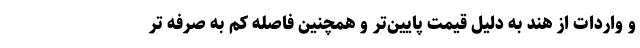
و واردات از هند به دلیل قیمت پایین‌تر و همچنین فاصله کم به صرفه تر